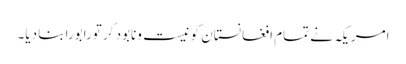
امریکہ نے تمام افغانستان کو نیست ونابود کر تورابورابنا دیا۔